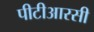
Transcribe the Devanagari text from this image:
पीटीआरसी